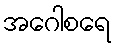
အဂေါစရေ